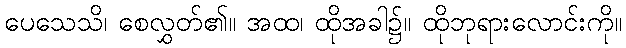
ပေသေသိ၊ စေလွှတ်၏။ အထ၊ ထိုအခါ၌။ ထိုဘုရားလောင်းကို။